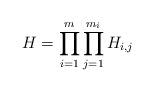
LaTeX: \begin{align*}H=\prod_{i=1}^m\prod_{j=1}^{m_i}H_{i,j}\end{align*}